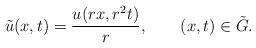
LaTeX: \begin{align*}\tilde u(x,t)= \frac{u(rx,r^2 t)}{r}, \ \ \ \ \ \ (x,t)\in \tilde G.\end{align*}